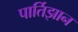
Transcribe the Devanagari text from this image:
पार्तिझान